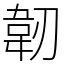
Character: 韌